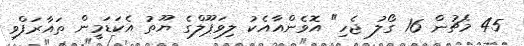
45 މެޗުން 16 ގޯލު ޖެހި" އޮވެންއާއެކު ލިވަޕޫލްގެ ޔޫތު އެކަޑަމީން ތައާރަފްވި